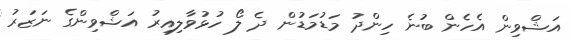
އަޝްވިން އެހެން ބުނެ ހިންދު މަޑުމަޑުން ދެ ލޯ ހުޅުވާލިއިރު އަޝްވިންގެ ނަޒަރު